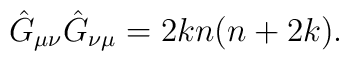
\hat{G}_{\mu\nu}\hat{G}_{\nu\mu}=2kn(n+2k).